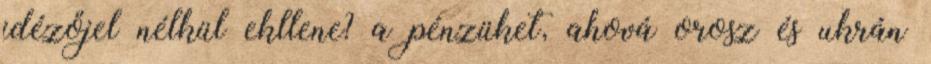
idézőjel nélkül ekllene? a pénzüket, ahová orosz és ukrán